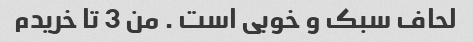
لحاف سبک و خوبی است . من 3 تا خریدم